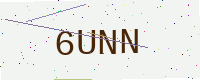
Text: 6UNN